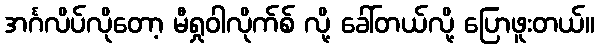
အင်္ဂလိပ်လိုတော့ မီရှုဝါလိုက်စ် လို့ ခေါ်တယ်လို့ ပြောဖူးတယ်။